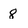
Character: 8